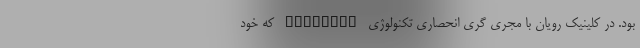
بود. در کلینیک رویان با مجری گری انحصاری تکنولوژی SuperFUE که خود